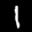
Label: 1